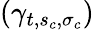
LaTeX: (\gamma_{t,{s_{c}},{\sigma_{c}}})